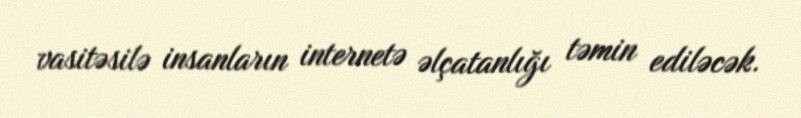
vasitəsilə insanların internetə əlçatanlığı təmin ediləcək.